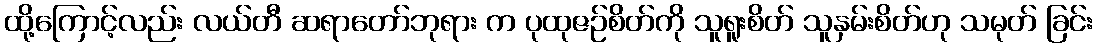
ထို့ကြောင့်လည်း လယ်တီ ဆရာတော်ဘုရား က ပုထုဇဉ်စိတ်ကို သူရူးစိတ် သူနှမ်းစိတ်ဟု သမုတ် ခြင်း